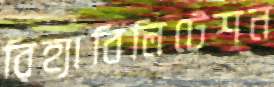
রিহ্যাবিলিটেশন